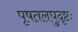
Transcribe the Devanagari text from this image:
पृषतलघुदृष्टः